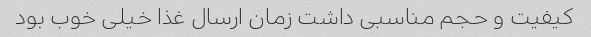
کیفیت و حجم مناسبی داشت زمان ارسال غذا خیلی خوب بود